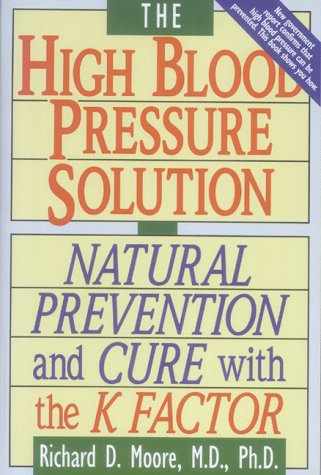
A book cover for The High Blood Pressure Solution: Natural Prevention and Cure With the K Factor; Richard D. Moore; Health, Fitness & Dieting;